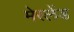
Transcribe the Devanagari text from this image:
मेरलेंड